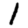
Digit: 1